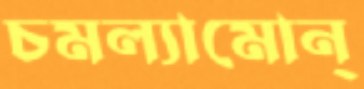
চমল্যামোন্